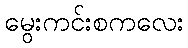
မွေးကင်းစကလေး